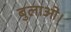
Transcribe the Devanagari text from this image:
बुलाओ।